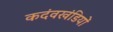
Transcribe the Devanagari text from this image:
कदंवखंडियों